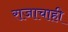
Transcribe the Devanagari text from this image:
राजाचाही